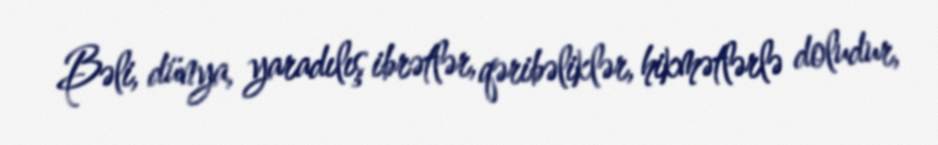
Bəli, dünya, yaradılış ibrətlər, qəribəliklər, hikmətlərlə doludur,